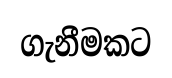
ගැනීමකට